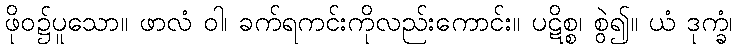
ဖိုဝ၌ပူသော။ ဖာလံ ဝါ၊ ခက်ရကင်းကိုလည်းကောင်း။ ပဋိစ္စ၊ စွဲ၍။ ယံ ဒုက္ခံ၊